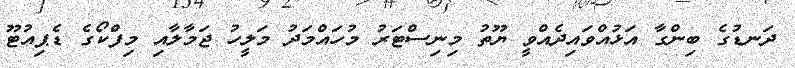
ދަނޑުގެ ބިންގާ އަޅުއްވައިދެއްވީ ޔޫތު މިނިސްޓަރު މުހައްމަދު މަލީހު ޖަމާލާއި މިފްކޯގެ ޑެޕިއުޓޫ